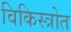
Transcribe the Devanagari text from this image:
विकिस्त्रोत